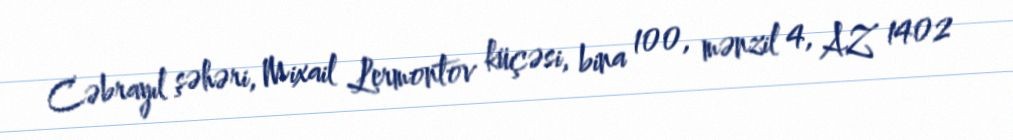
Cəbrayıl şəhəri, Mixail Lermontov küçəsi, bina 100, mənzil 4, AZ 1402